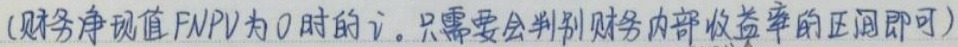
(财务净现值FNPV为0时的i。只需要会判别财务内部收益率的正负即可)